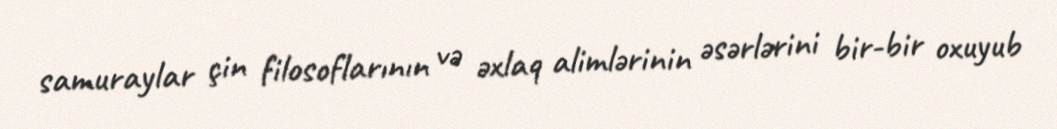
samuraylar çin filosoflarının və əxlaq alimlərinin əsərlərini bir-bir oxuyub